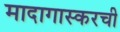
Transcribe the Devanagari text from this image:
मादागास्करची